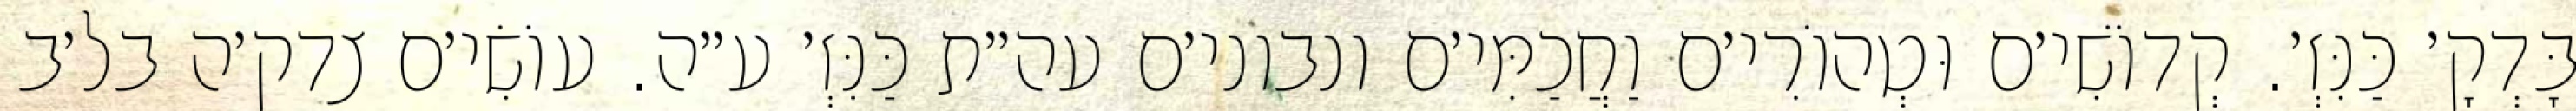
בָּדְקָ׳ כַּנִּזְ׳. קְדוֹשִׁי׳ם וּטְהוֹרִי׳ם וַחֲכַמִּי׳ם ונבוני׳ם עה״ת כַּנִּזְ׳ ע״ה. עוֹשִׂי׳ם צדק׳ה בל׳ב